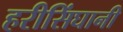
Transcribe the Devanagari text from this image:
हरीसिंघानी